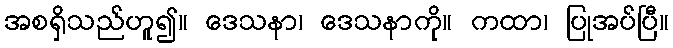
အစရှိသည်ဟူ၍။ ဒေသနာ၊ ဒေသနာကို။ ကထာ၊ ပြုအပ်ပြီ။